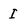
Character: I